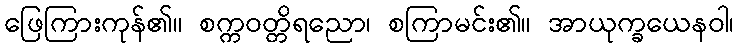
ဖြေကြားကုန်၏။ စက္ကဝတ္တိရညော၊ စကြာမင်း၏။ အာယုက္ခယေနဝါ၊